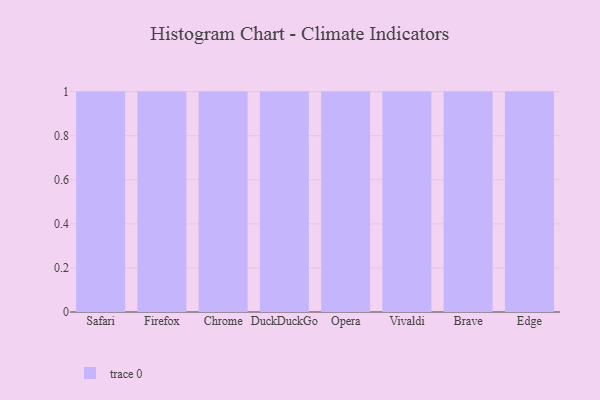
{"axis": {"x": "Browser", "y": "Market Share (%)"}, "legend": [""], "data": [{"x": "Safari", "y": 67, "type": ""}, {"x": "Firefox", "y": 42, "type": ""}, {"x": "Chrome", "y": 63, "type": ""}, {"x": "DuckDuckGo", "y": 65, "type": ""}, {"x": "Opera", "y": 8, "type": ""}, {"x": "Vivaldi", "y": 26, "type": ""}, {"x": "Brave", "y": 25, "type": ""}, {"x": "Edge", "y": 76, "type": ""}]}